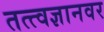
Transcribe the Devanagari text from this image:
तत्त्वज्ञानवर